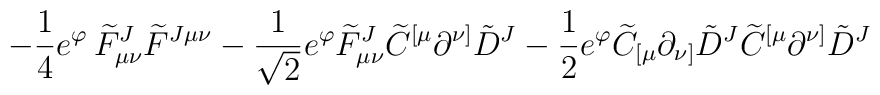
\left.  -\frac{1}{4}  e^\varphi  \,{\widetilde F}_{\mu\nu}^J {\widetilde F}^{J\mu\nu} -\frac{1}{\sqrt 2}e^{\varphi}{\widetilde F}_{\mu\nu}^J {\widetilde C}^{[\mu}\partial^{\nu]}{\tilde D}^J-\frac{1}{2}e^{\varphi}  {\widetilde C}_{[\mu}\partial_{\nu]}{\tilde D}^J {\widetilde C}^{[\mu}\partial^{\nu]}{\tilde D}^J  \right.